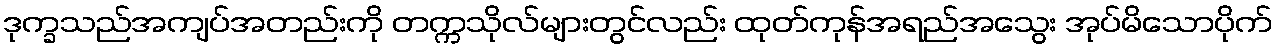
ဒုက္ခသည်အကျပ်အတည်းကို တက္ကသိုလ်များတွင်လည်း ထုတ်ကုန်အရည်အသွေး အုပ်မိသောပိုက်